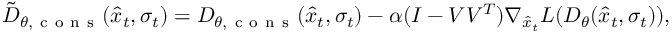
\tilde { D } _ { \theta , \mathrm { ~ c ~ o ~ n ~ s ~ } } ( \hat { x } _ { t } , \sigma _ { t } ) = D _ { \theta , \mathrm { ~ c ~ o ~ n ~ s ~ } } ( \hat { x } _ { t } , \sigma _ { t } ) - \alpha ( I - V V ^ { T } ) \nabla _ { \hat { x } _ { t } } L ( D _ { \theta } ( \hat { x } _ { t } , \sigma _ { t } ) ) ,